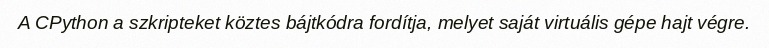
A CPython a szkripteket köztes bájtkódra fordítja, melyet saját virtuális gépe hajt végre.